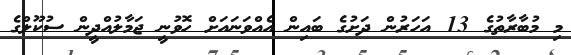
މި މުބާރާތުގެ 13 އަހަރުން ދަށުގެ ބައިން އެއްވަނައަށް ހޮވުނީ ޖަމާލުއްދީން ސުކޫލްގެ